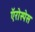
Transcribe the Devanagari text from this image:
ऍरोस्पेस